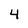
Character: 4